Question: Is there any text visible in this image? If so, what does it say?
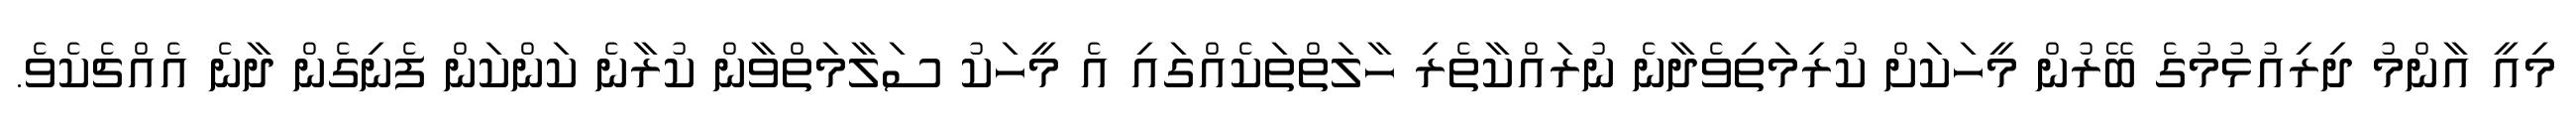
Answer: މިއީ އާންމު ދިރިއުޅުމުގެ ބޭރުން މީހަކަށް ކުރިމަތިވެދާނެ ނުރައްކާތެރި ހާލަތްތަކެއްގައި އެ މީހަކު ސަލާމަތްވާން ކުރާނެ ކަންކަން ފެނިގެން ދާނެ އެއްޗެކެވެ.